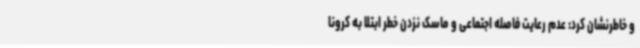
و خاطرنشان کرد: عدم رعایت فاصله اجتماعی و ماسک نزدن خطر ابتلا به کرونا